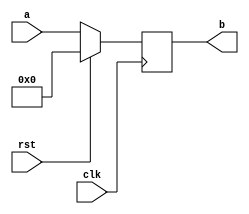
`timescale 1ns / 1ps
//////////////////////////////////////////////////////////////////////////////////
// Company: 
// Engineer: 
// 
// Design Name: 
// Module Name:    reg1 
// Project Name: 
// Target Devices: 
// Tool versions: 
// Description: 
//
// Dependencies: 
//
// Revision: 
// Revision 0.01 - File Created
// Additional Comments: 
//
//////////////////////////////////////////////////////////////////////////////////
module reg1(
    input [1599:0] a,
    input clk,rst,
    output reg [1599:0] b
    );
always@(posedge clk)
begin
if(rst)
begin
b=1600'h0;
end
else
begin
b=a;
end
end

endmodule